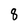
Character: 8